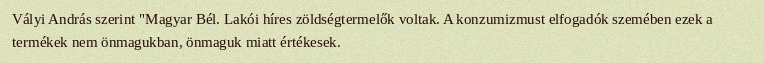
Vályi András szerint "Magyar Bél. Lakói híres zöldségtermelők voltak. A konzumizmust elfogadók szemében ezek a termékek nem önmagukban, önmaguk miatt értékesek.